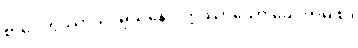
စာပေတွိဿာသ၊ မုသုနော၊ ဣဿာသော ခေပကမှိ စ။